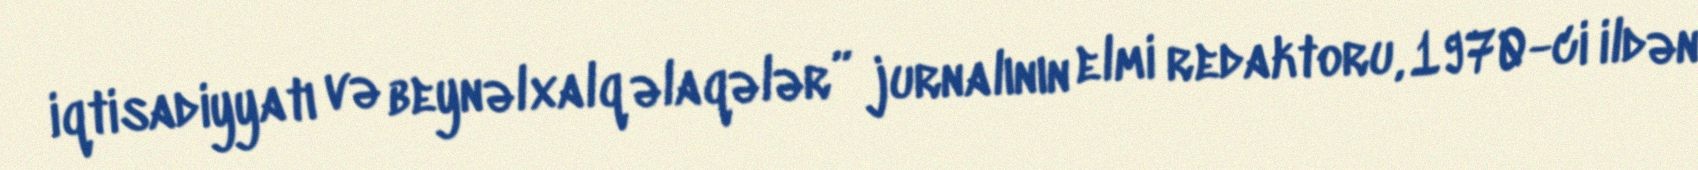
iqtisadiyyatı və beynəlxalq əlaqələr” jurnalının elmi redaktoru, 1970-ci ildən